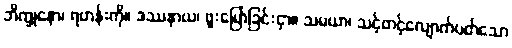
ဘိက္ခုနော၊ ရဟန်းကို။ ဒဿနာယ၊ ဖူးမြော်ခြင်းငှာ။ သမယာ၊ သင့်တင့်လျောက်ပတ်သော